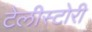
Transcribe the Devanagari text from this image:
टेलीस्टोरी